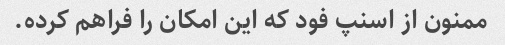
ممنون از اسنپ فود که این امکان را فراهم کرده.